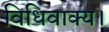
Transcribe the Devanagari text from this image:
विधिवाक्य।